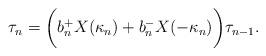
LaTeX: \begin{align*}\tau_n = \biggl{(} b_n^+ X(\kappa_n) + b_n^- X(-\kappa_n)\biggr{)} \tau_{n-1}.\end{align*}